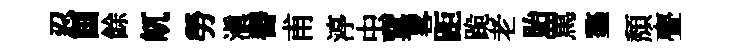
忍画餘屼勞滇欎甫渟虫窠畧距跪老貽罵鏊頽亹